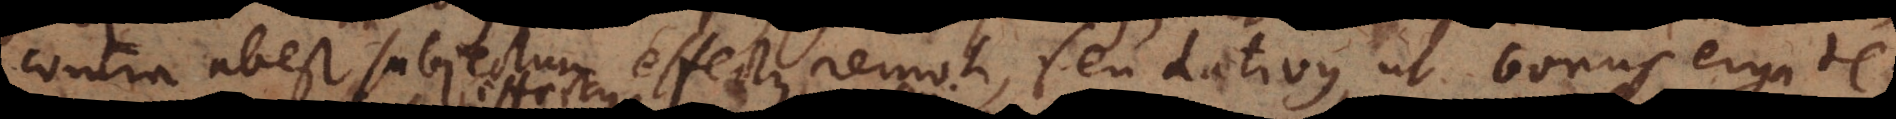
contra abest subjectum effectus remoti, seu dativus, ut bonus erga te.